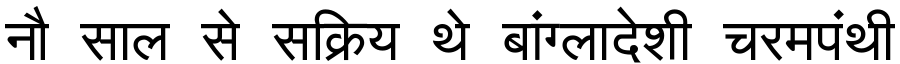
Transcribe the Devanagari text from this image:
नौ साल से सक्रिय थे बांग्लादेशी चरमपंथी